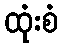
ထုံးစံ